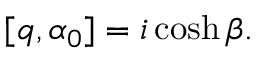
[ q , \alpha _ { 0 } ] = i \cosh \beta .